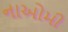
નાઓમી